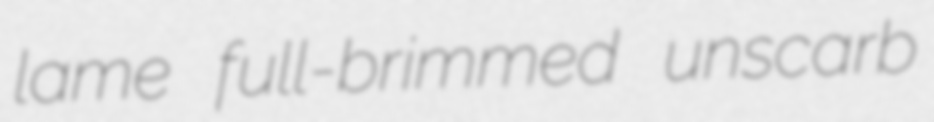
lame full-brimmed unscarb